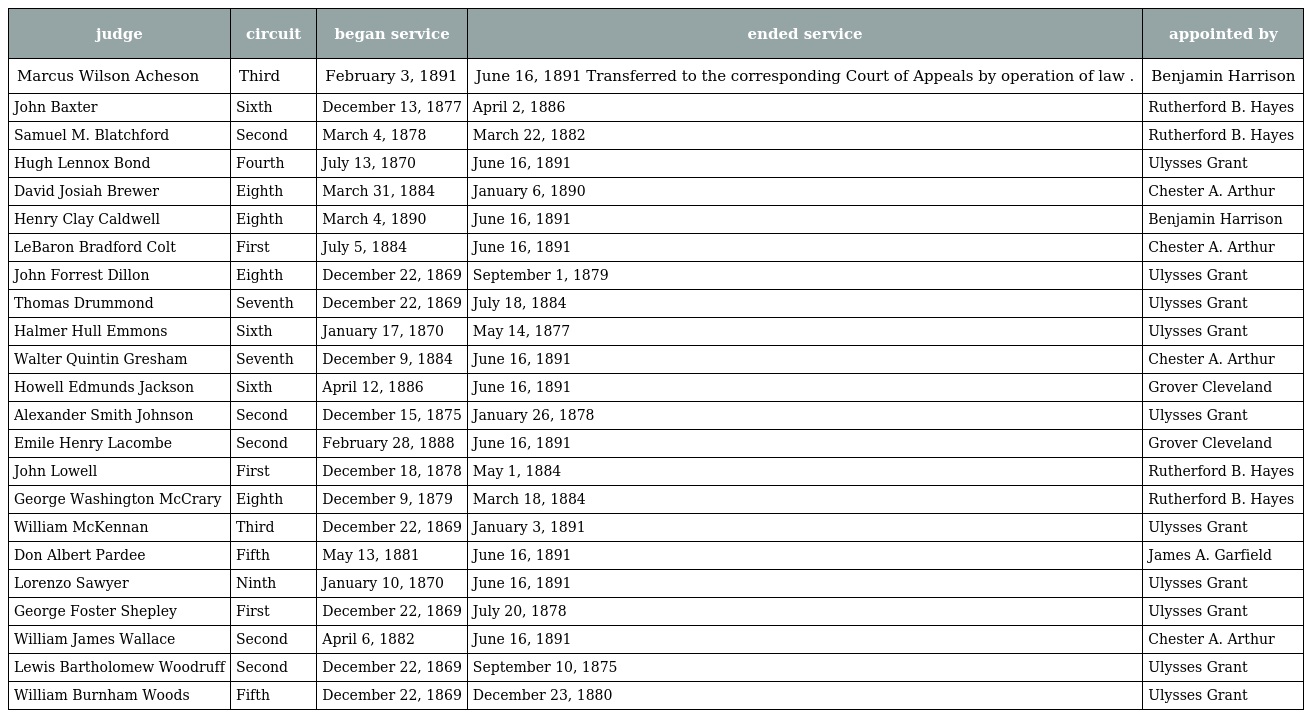
| judge | circuit | began service | ended service | appointed by |
 | --- | --- | --- | --- | --- |
 | Marcus Wilson Acheson | Third | February 3, 1891 | June 16, 1891 Transferred to the corresponding Court of Appeals by operation of law . | Benjamin Harrison |
 | John Baxter | Sixth | December 13, 1877 | April 2, 1886 | Rutherford B. Hayes |
 | Samuel M. Blatchford | Second | March 4, 1878 | March 22, 1882 | Rutherford B. Hayes |
 | Hugh Lennox Bond | Fourth | July 13, 1870 | June 16, 1891 | Ulysses Grant |
 | David Josiah Brewer | Eighth | March 31, 1884 | January 6, 1890 | Chester A. Arthur |
 | Henry Clay Caldwell | Eighth | March 4, 1890 | June 16, 1891 | Benjamin Harrison |
 | LeBaron Bradford Colt | First | July 5, 1884 | June 16, 1891 | Chester A. Arthur |
 | John Forrest Dillon | Eighth | December 22, 1869 | September 1, 1879 | Ulysses Grant |
 | Thomas Drummond | Seventh | December 22, 1869 | July 18, 1884 | Ulysses Grant |
 | Halmer Hull Emmons | Sixth | January 17, 1870 | May 14, 1877 | Ulysses Grant |
 | Walter Quintin Gresham | Seventh | December 9, 1884 | June 16, 1891 | Chester A. Arthur |
 | Howell Edmunds Jackson | Sixth | April 12, 1886 | June 16, 1891 | Grover Cleveland |
 | Alexander Smith Johnson | Second | December 15, 1875 | January 26, 1878 | Ulysses Grant |
 | Emile Henry Lacombe | Second | February 28, 1888 | June 16, 1891 | Grover Cleveland |
 | John Lowell | First | December 18, 1878 | May 1, 1884 | Rutherford B. Hayes |
 | George Washington McCrary | Eighth | December 9, 1879 | March 18, 1884 | Rutherford B. Hayes |
 | William McKennan | Third | December 22, 1869 | January 3, 1891 | Ulysses Grant |
 | Don Albert Pardee | Fifth | May 13, 1881 | June 16, 1891 | James A. Garfield |
 | Lorenzo Sawyer | Ninth | January 10, 1870 | June 16, 1891 | Ulysses Grant |
 | George Foster Shepley | First | December 22, 1869 | July 20, 1878 | Ulysses Grant |
 | William James Wallace | Second | April 6, 1882 | June 16, 1891 | Chester A. Arthur |
 | Lewis Bartholomew Woodruff | Second | December 22, 1869 | September 10, 1875 | Ulysses Grant |
 | William Burnham Woods | Fifth | December 22, 1869 | December 23, 1880 | Ulysses Grant |